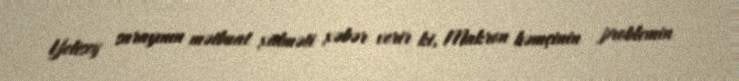
Yelisey sarayının mətbuat xidməti xəbər verir ki, Makron həmçinin problemin